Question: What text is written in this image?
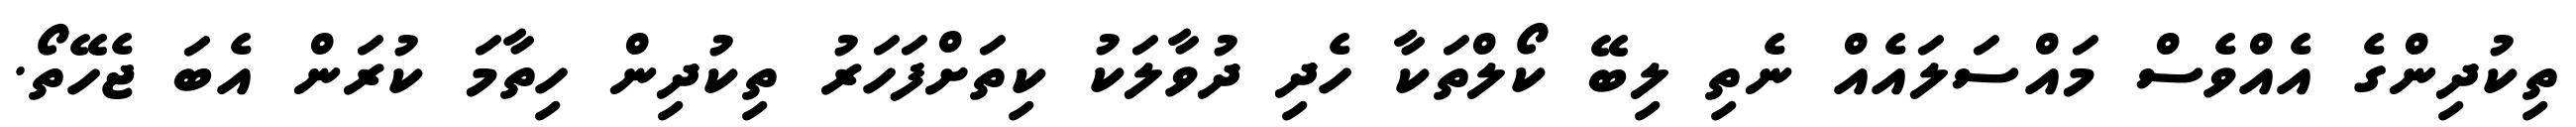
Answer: ތިކުދިންގެ އެއްވެސް މައްސަލައެއް ނެތި ލިބޭ ކޯލްތަކާ ހެދި ދުވާލަކު ކިތަށްފަހަރު ތިކުދިން ހިތާމަ ކުރަން އެބަ ޖެހޭތޯ.